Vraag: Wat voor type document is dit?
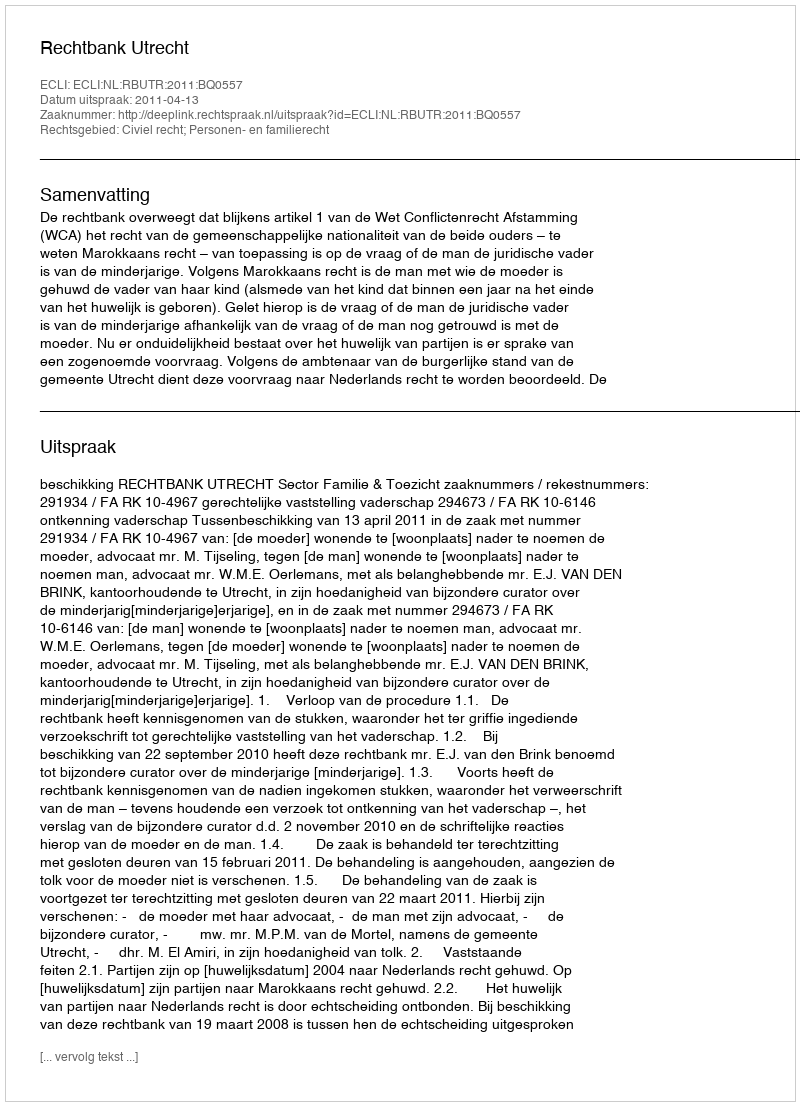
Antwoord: Uitspraak